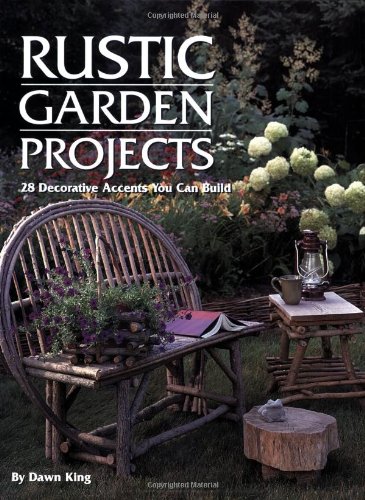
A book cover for Rustic Garden Projects: 28 Decorative Accents You Can Build; Dawn King; Crafts, Hobbies & Home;